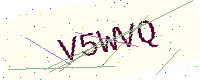
Text: V5WVQ